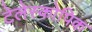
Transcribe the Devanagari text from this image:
टेलेस्कोपिक